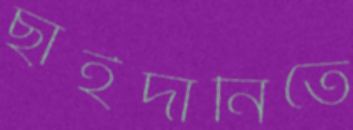
ছাইদানিতে